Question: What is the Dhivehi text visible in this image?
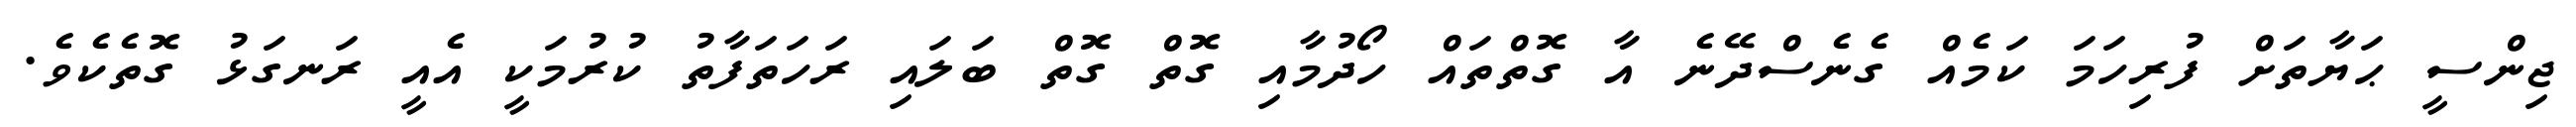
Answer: ޖިންސީ ޙަޔާތަށް ފުރިހަމަ ކަމެއް ގެނެސްދޭނެ އާ ގޮތްތައް ހޯދުމާއި ގޮތް ގޮތް ބަލައި ރަހަތަފާތު ކުރުމަކީ އެއީ ރަނގަޅު ގޮތެކެވެ.